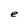
Character: e